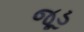
જૂડ